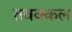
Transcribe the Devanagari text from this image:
तवक्कल